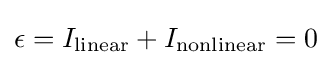
\epsilon =I_{\text{linear}}+I_{\text{nonlinear}}=0